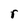
Character: r